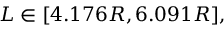
L \in [ 4 . 1 7 6 R , 6 . 0 9 1 R ] ,